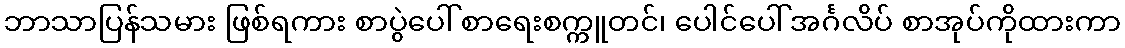
ဘာသာပြန်သမား ဖြစ်ရကား စာပွဲပေါ် စာရေးစက္ကူတင်၊ ပေါင်ပေါ် အင်္ဂလိပ် စာအုပ်ကိုထားကာ